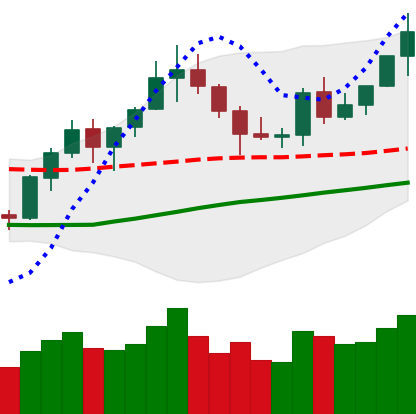
Ticker: BNB-USD
Chart end date: 2020-07-24
Forward return: 3.878%
Label: up_3_5